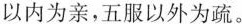
以内为亲，五服以外为疏。